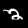
Digit: 2